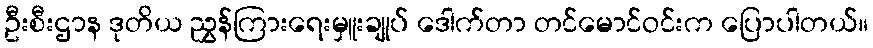
ဦးစီးဌာန ဒုတိယ ညွှန်ကြားရေးမှူးချုပ် ဒေါက်တာ တင်မောင်ဝင်းက ပြောပါတယ်။